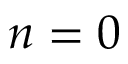
n = 0